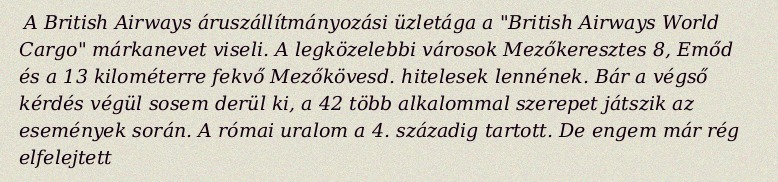
A British Airways áruszállítmányozási üzletága a "British Airways World Cargo" márkanevet viseli. A legközelebbi városok Mezőkeresztes 8, Emőd és a 13 kilométerre fekvő Mezőkövesd. hitelesek lennének. Bár a végső kérdés végül sosem derül ki, a 42 több alkalommal szerepet játszik az események során. A római uralom a 4. századig tartott. De engem már rég elfelejtett